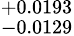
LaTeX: ^{+0.0193}_{-0.0129}